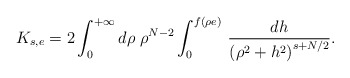
\begin{align*}K_{s,e}=2\int_0^{+\infty}d\rho\;\rho^{N-2}\int_0^{f(\rho e)}\,\frac{dh}{\left(\rho^2+h^2\right)^{s+N/2}}.\end{align*}